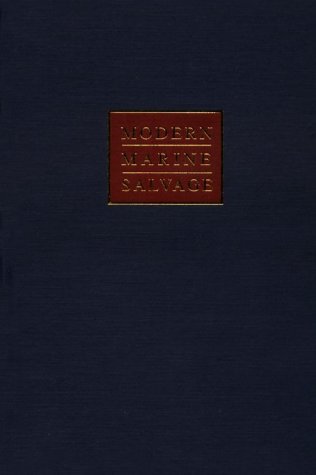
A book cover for Modern Marine Salvage; Jr. William I. Milwee; Engineering & Transportation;